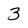
Character: 3